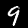
Label: 9